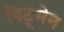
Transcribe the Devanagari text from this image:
बिटूमेन